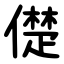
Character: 儊